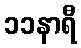
၁၁နာရီ